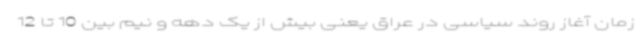
زمان آغاز روند سیاسی در عراق یعنی بیش از یک دهه و نیم بین 10 تا 12